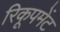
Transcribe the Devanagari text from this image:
रिकूपमेंट